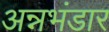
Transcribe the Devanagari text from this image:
अन्नभंडार